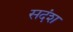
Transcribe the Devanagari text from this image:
सदंश